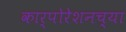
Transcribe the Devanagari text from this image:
कार्पोरेशनच्या